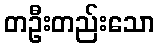
တဦးတည်းသော